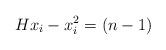
LaTeX: \begin{align*}H x_i - x_i^2 = (n-1)\end{align*}